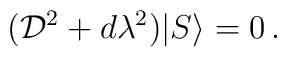
({\cal D}^2+d\lambda^2)|S\rangle=0\,.